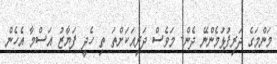
މަންމަގެ ދަރިފުޅުމެންނޭ ދެން- މަވެސް ދަރިއަކަށްތަ ތި ހެދީ ފަޔާޒު އަސްމާ އެހެން